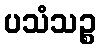
ပသံသဉ္စ